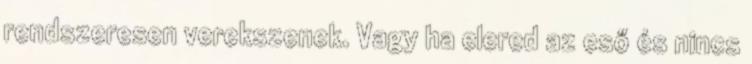
rendszeresen verekszenek. Vagy ha elered az eső és nincs